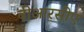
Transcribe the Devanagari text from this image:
बीआरसीए